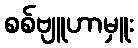
စစ်ဗျူဟာမှူး